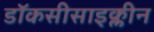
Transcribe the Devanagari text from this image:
डॉकसीसाइक्लीन